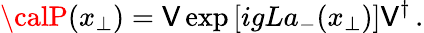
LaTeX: {\calP}({x}_{\bot})=\mathsf{V}\exp\left[igLa_{-}(x_{\bot})\right]\mathsf{V}^{\dagger}\, .